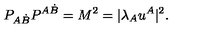
P _ { A \dot { B } } P ^ { A \dot { B } } = M ^ { 2 } = | \lambda _ { A } u ^ { A } | ^ { 2 } .